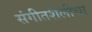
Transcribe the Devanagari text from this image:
संगीतशैलीचा